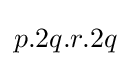
p.2q.r.2q